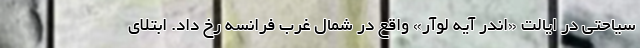
سیاحتی در ایالت «اندر آیه لوآر» واقع در شمال غرب فرانسه رخ داد. ابتلای